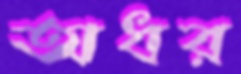
অধর